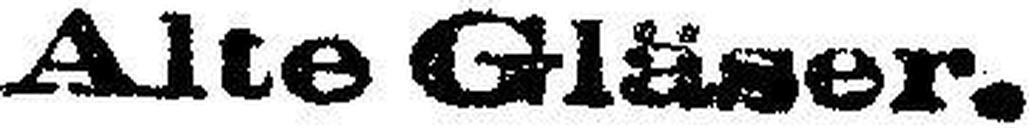
Alte Gläser.